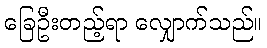
ခြေဦးတည့်ရာ လျှောက်သည်။